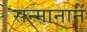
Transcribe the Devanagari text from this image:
सन्मानानें